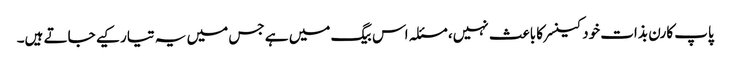
پاپ کارن بذات خود کینسر کا باعث نہیں، مسئلہ اس بیگ میں ہے جس میں یہ تیار کیے جاتے ہیں۔